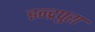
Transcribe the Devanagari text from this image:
इन्द्रपुरा